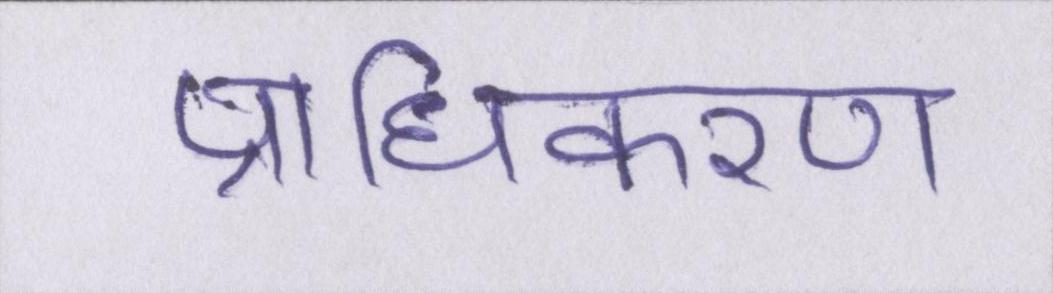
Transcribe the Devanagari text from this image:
प्राधिकरण